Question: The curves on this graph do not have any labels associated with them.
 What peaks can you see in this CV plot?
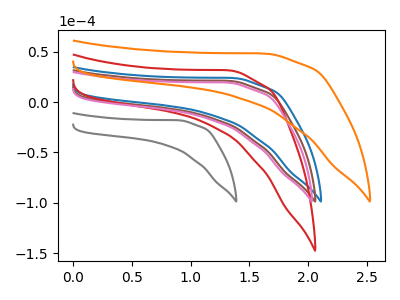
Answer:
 <answer>The blue curve "blue" has no peaks. The brown curve "brown" has no peaks. The red curve "red" has no peaks. The gray curve "gray" has no peaks. The pink curve "pink" has no peaks. The orange curve "orange" has no peaks.</answer>
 <eval></eval>